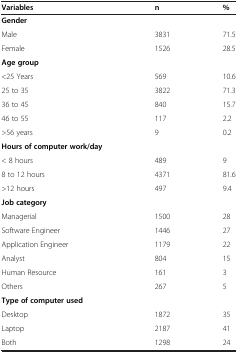
| Variables | n | % |
 | --- | --- | --- |
 | Gender |  |  |
 | Male | 3831 | 71.5 |
 | Female | 1526 | 28.5 |
 | Age group |  |  |
 | <25 Years | 569 | 10.6 |
 | 25 to 35 | 3822 | 71.3 |
 | 36 to 45 | 840 | 15.7 |
 | 46 to 55 | 117 | 2.2 |
 | >56 years | 9 | 0.2 |
 | Hours of computer work/day |  |  |
 | < 8 hours | 489 | 9 |
 | 8 to 12 hours | 4371 | 81.6 |
 | >12 hours | 497 | 9.4 |
 | Job category |  |  |
 | Managerial | 1500 | 28 |
 | Software Engineer | 1446 | 27 |
 | Application Engineer | 1179 | 22 |
 | Analyst | 804 | 15 |
 | Human Resource | 161 | 3 |
 | Others | 267 | 5 |
 | Type of computer used |  |  |
 | Desktop | 1872 | 35 |
 | Laptop | 2187 | 41 |
 | Both | 1298 | 24 |